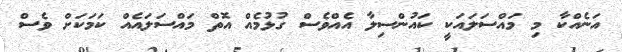
އަނެއްކާ މި މައްސަލައަކީ ކައުންސިލާ އެއްވެސް ގުޅުމެއް އޮތް މައްސަލައެއް ކަމަކަށް ވެސް